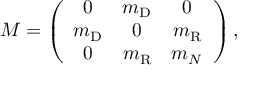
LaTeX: { \cal M } = \left( \begin{array} { c c c } { { 0 } } & { { m _ { \mathrm { D } } } } & { { 0 } } \\ { { m _ { \mathrm { D } } } } & { { 0 } } & { { m _ { \mathrm { R } } } } \\ { { 0 } } & { { m _ { \mathrm { R } } } } & { { m _ { N } } } \end{array} \right) ,